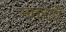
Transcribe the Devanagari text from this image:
मतराएँ